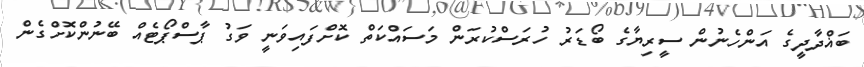
ބަޣްދާދީގެ އަންހެނުން ސީރިޔާގެ ބޯޑަރު ހުރަސްކުރަން މަސައްކަތް ކޮށްފައިވަނީ ވަގު ޕާސްޕޯޓެއް ބޭނުންކޮށްގެން